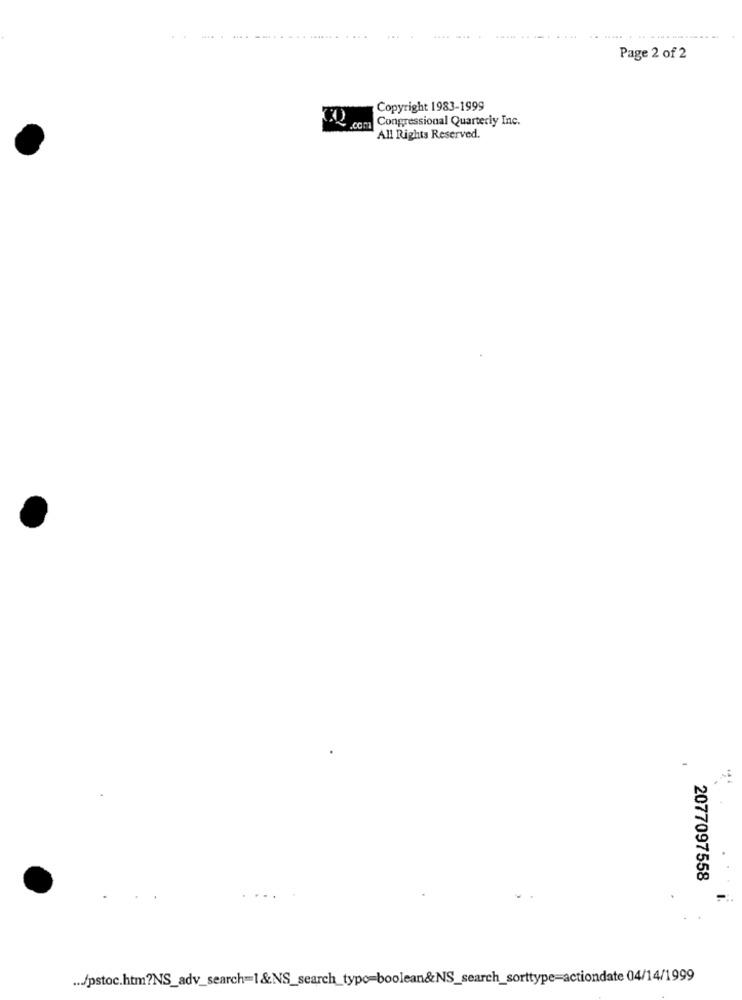
Page 2 of 2
Copyright 1983-1999
Congressional Quarterly Inc.
.coma
All Rights Reserved.
2077097558
... /pstoc.htm?NS_adv_search=1&NS_search_type=boolean&NS_search_sorttype=actiondate 04/14/1999